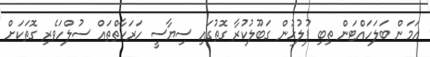
އަމަން ބަލަހައްޓަން ތިބި ފުލުހުން ގަބޫލުކުރާ ގޮތުގައި ސިޔާސީ ހަރަކާތްތައް ސުލްހަވެރި ގޮތަކަށް